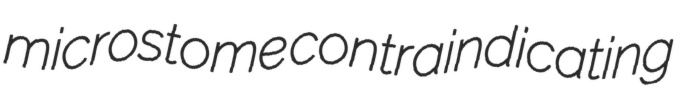
microstome contraindicating